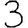
Digit: 3